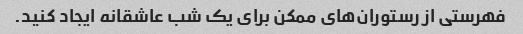
فهرستی از رستوران‌های ممکن برای یک شب عاشقانه ایجاد کنید.